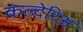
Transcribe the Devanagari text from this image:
कल्देरिअ